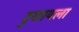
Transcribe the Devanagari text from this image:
दुखायला